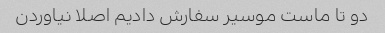
دو تا ماست موسیر سفارش دادیم اصلا نیاوردن